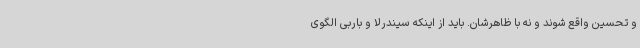
و تحسین واقع شوند و نه با ظاهرشان. باید از اینکه سیندرلا و باربی الگوی